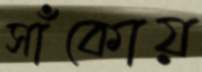
সাঁকোয়